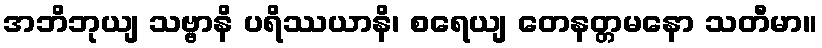
အဘိဘုယျ သဗ္ဗာနိ ပရိဿယာနိ၊ စရေယျ တေနတ္တမနော သတီမာ။